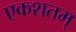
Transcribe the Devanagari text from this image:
एकशतम्